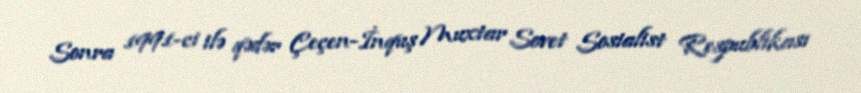
Sonra 1991-ci ilə qədər Çeçen-İnquş Muxtar Sovet Sosialist Respublikası